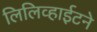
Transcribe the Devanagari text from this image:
लिलिव्हाईटने